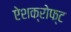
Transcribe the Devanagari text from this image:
ऐशक्रोफ्ट